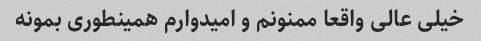
خیلی عالی واقعا ممنونم و امیدوارم همینطوری بمونه